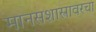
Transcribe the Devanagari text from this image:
मानसशास्त्रावरचा